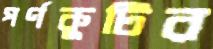
পর্ণকুটির